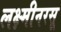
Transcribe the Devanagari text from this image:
लक्ष्मीनरसू